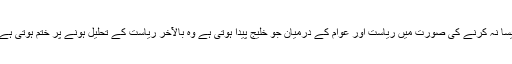
ایسا نہ کرنے کی صورت میں ریاست اور عوام کے درمیان جو خلیج پیدا ہوتی ہے وہ بالآخر ریاست کے تحلیل ہونے پر ختم ہوتی ہے۔